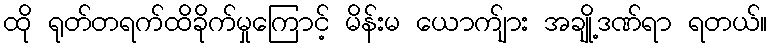
ထို ရုတ်တရက်ထိခိုက်မှုကြောင့် မိန်းမ ယောက်ျား အချို့ဒဏ်ရာ ရတယ်။